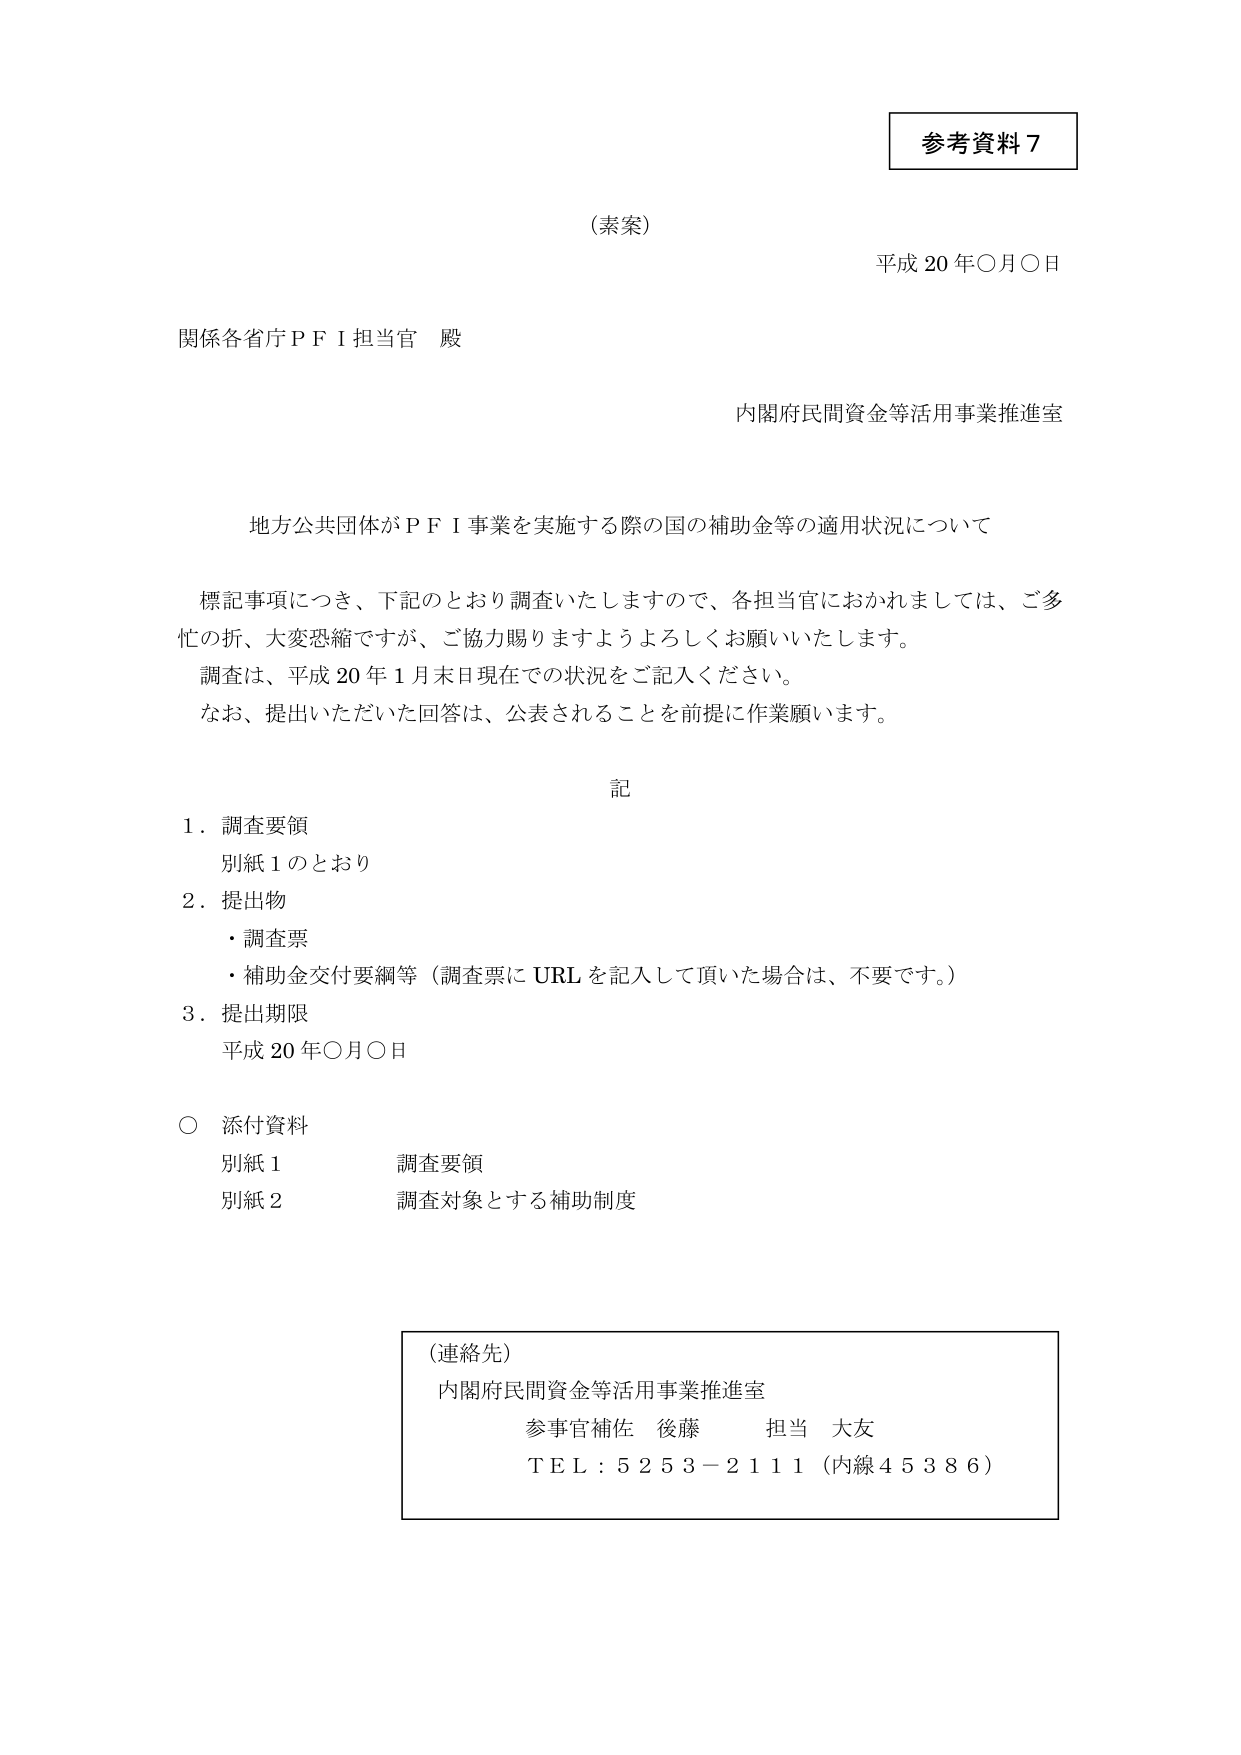
参考資料７

（素案）

平成20年〇月〇日

関係各省庁ＰＦＩ担当官 殿

内閣府民間資金等活用事業推進室

地方公共団体がＰＦＩ事業を実施する際の国の補助金等の適用状況について

標記事項につき、下記のとおり調査いたしますので、各担当官におかれましては、ご多忙の折、大変恐縮ですが、ご協力賜りますようよろしくお願いいたします。
調査は、平成20年1月末日現在での状況をご記入ください。
なお、提出いただいた回答は、公表されることを前提に作業願います。

記

１．調査要領
　別紙１のとおり

２．提出物
　・調査票
　・補助金交付要綱等（調査票にURLを記入して頂いた場合は、不要です。）

３．提出期限
　平成20年〇月〇日

○ 添付資料
　別紙１　　　調査要領
　別紙２　　　調査対象とする補助制度

（連絡先）
内閣府民間資金等活用事業推進室
参事官補佐 後藤　　　担当 大友
ＴＥＬ：５２５３－２１１１（内線４５３８６）